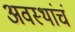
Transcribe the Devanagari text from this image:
अवस्थांचं